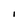
Character: I